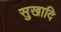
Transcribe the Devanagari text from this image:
सुखादि